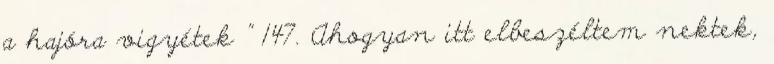
a hajóra vigyétek ” 147. Ahogyan itt elbeszéltem nektek,